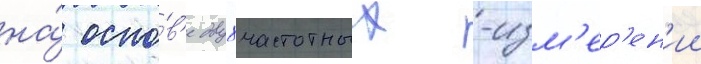
на́ осно́в'е двухчастотных -изм'ер'ен'ии